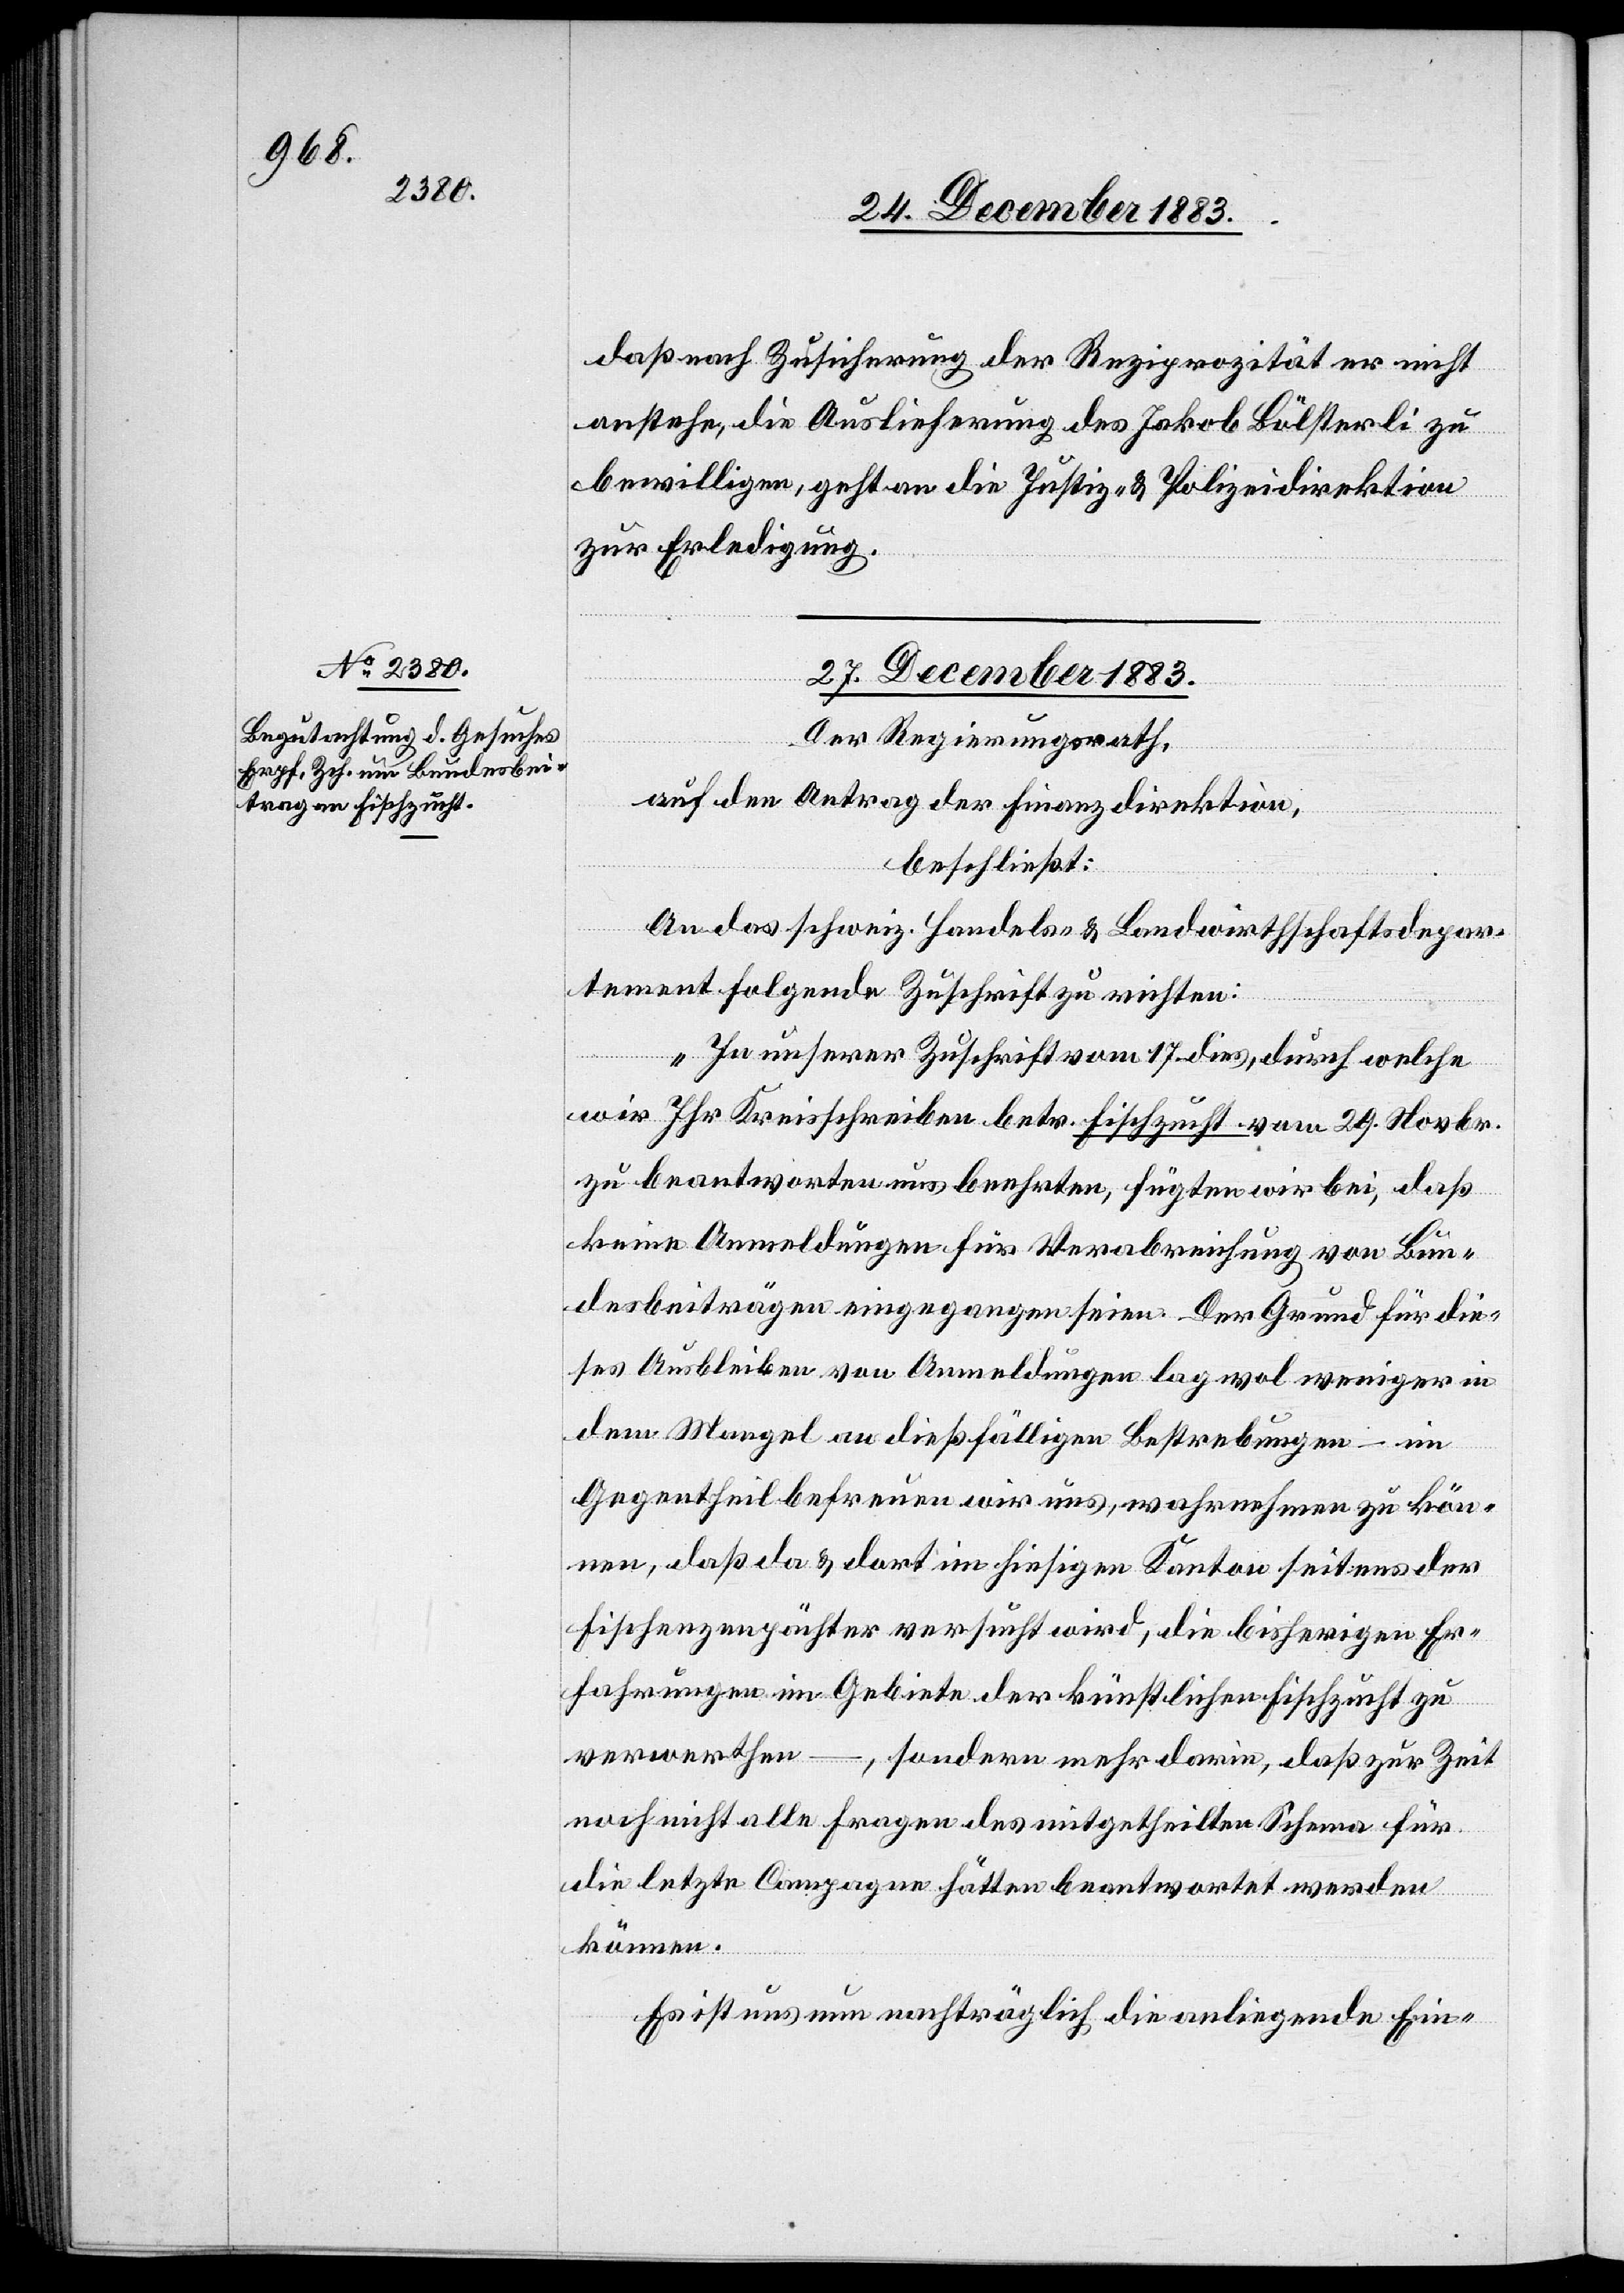
daß nach Zusicherung der Reziprozität er nicht
anstehe, die Auslieferung des Jakob Bölsterli zu
bewilligen, geht an die Justiz- & Polizeidirektion
zur Erledigung.
27. December 1883.
Der Regierungsrath,
auf den Antrag der Finanzdirektion,
beschließt:
An das schweiz. Handels- & Landwirthschaftsdepar¬
tement folgende Zuschrift zu richten:
„In unserer Zuschrift vom 17. dies, durch welche
wir Ihr Kreisschreiben betr. Fischzucht vom 29. Novbr.
zu beantworten uns beehrten, fügten wir bei, daß
keine Anmeldungen für Verabreichung von Bun¬
desbeiträgen eingegangen seien. Der Grund für die¬
ses Ausbleiben von Anmeldungen lag wol weniger in
dem Mangel an dießfälligen Bestrebungen – im
Gegentheil befreuen wir uns, wahrnehmen zu kön¬
nen, daß da & dort in hiesigem Kanton seitens der
Fischenzenpächter versucht wird, die bisherigen Er¬
fahrungen im Gebiete der künstlichen Fischzucht zu
verwerthen –, sondern mehr darin, daß zur Zeit
noch nicht alle Fragen des mitgetheilten Schema für
die letzte Campagne hätten beantwortet werden
können.
Es ist uns nun nachträglich die anliegende Ein-